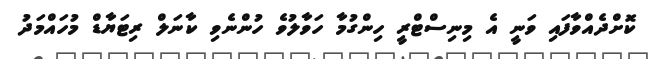
ކޮށްދެއްވާފައި ވަނީ އެ މިނިސްޓްރީ ހިންގުމާ ހަވާލުވެ ހުންނެވި ކާނަލް ރިޓަޔާޑް މުހައްމަދު